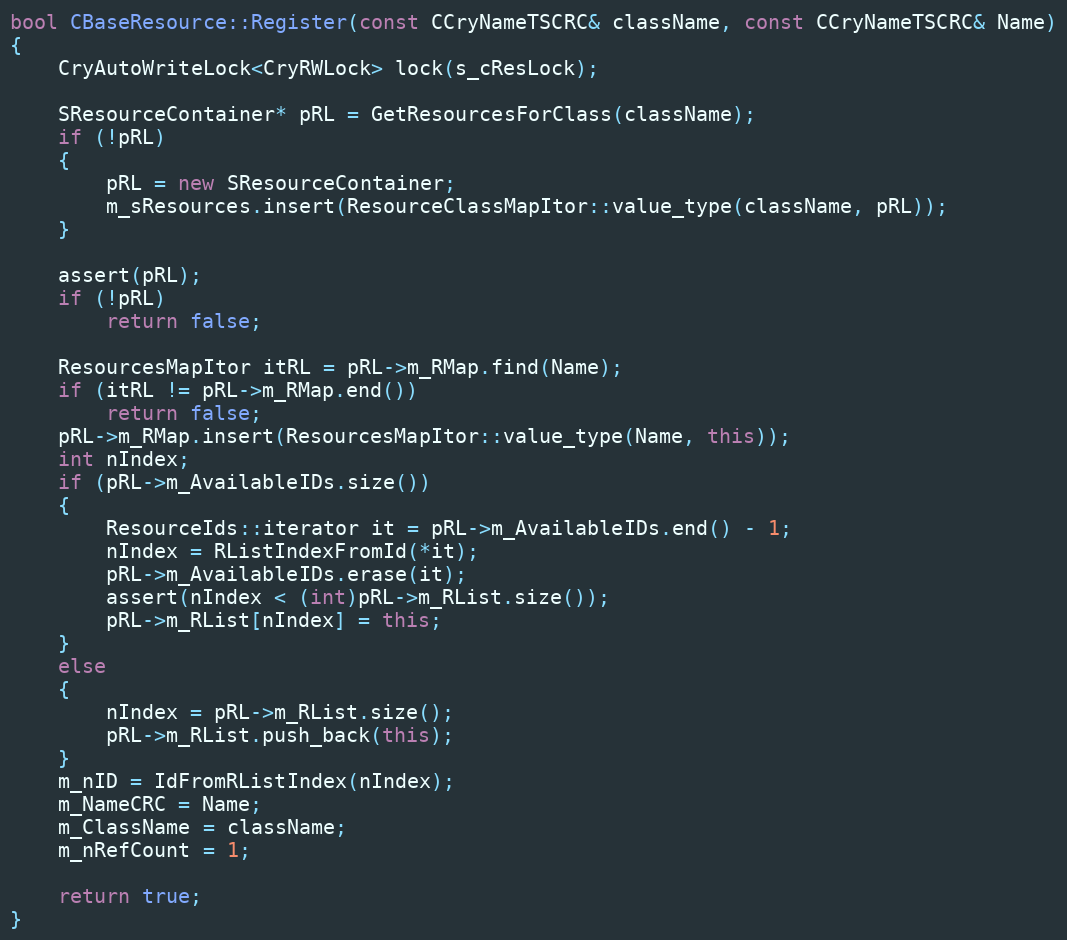
Language: C++
bool CBaseResource::Register(const CCryNameTSCRC& className, const CCryNameTSCRC& Name)
{
	CryAutoWriteLock<CryRWLock> lock(s_cResLock);

	SResourceContainer* pRL = GetResourcesForClass(className);
	if (!pRL)
	{
		pRL = new SResourceContainer;
		m_sResources.insert(ResourceClassMapItor::value_type(className, pRL));
	}

	assert(pRL);
	if (!pRL)
		return false;

	ResourcesMapItor itRL = pRL->m_RMap.find(Name);
	if (itRL != pRL->m_RMap.end())
		return false;
	pRL->m_RMap.insert(ResourcesMapItor::value_type(Name, this));
	int nIndex;
	if (pRL->m_AvailableIDs.size())
	{
		ResourceIds::iterator it = pRL->m_AvailableIDs.end() - 1;
		nIndex = RListIndexFromId(*it);
		pRL->m_AvailableIDs.erase(it);
		assert(nIndex < (int)pRL->m_RList.size());
		pRL->m_RList[nIndex] = this;
	}
	else
	{
		nIndex = pRL->m_RList.size();
		pRL->m_RList.push_back(this);
	}
	m_nID = IdFromRListIndex(nIndex);
	m_NameCRC = Name;
	m_ClassName = className;
	m_nRefCount = 1;

	return true;
}